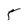
Character: 5